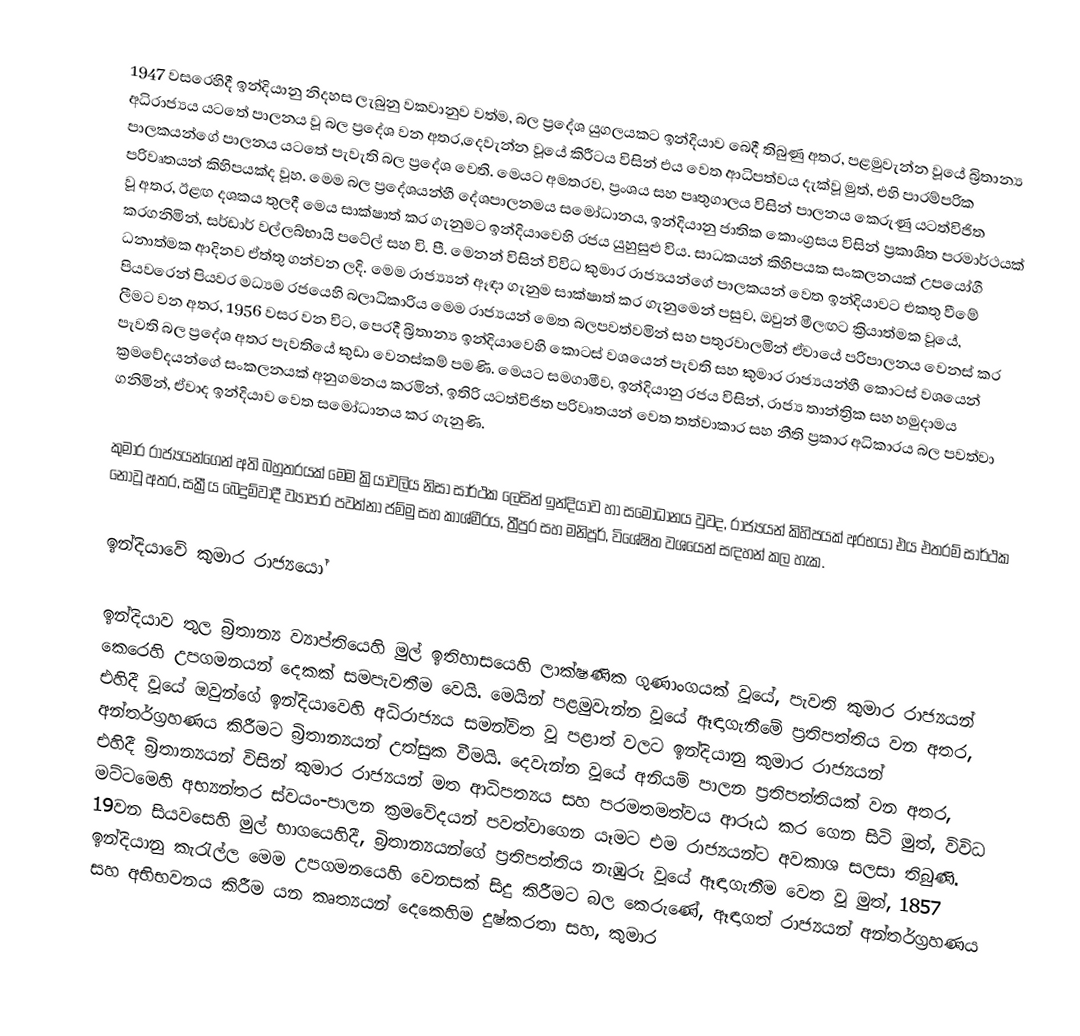
1947 වසරෙහිදී ඉන්දියානු නිදහස ලැබුනු වකවානුව වත්ම, බල ප්‍රදේශ යුගලයකට ඉන්දියාව බෙදී තිබුණු අතර, පළමුවැන්න වූයේ  බ්‍රිතාන්‍ය අධිරාජ්‍යය යටතේ පාලනය වූ බල ප්‍රදේශ වන අතර,දෙවැන්න වූයේ කිරීටය විසින්  එය වෙත ආධිපත්වය දැක්වූ මුත්, එහි පාරම්පරික පාලකයන්ගේ පාලනය යටතේ පැවැති බල ප්‍රදේශ වෙති. මෙයට අමතරව, ප්‍රංශය සහ පෘතුගාලය විසින් පාලනය කෙරුණු යටත්විජිත පරිවෘතයන් කිහිපයක්ද වූහ. මෙම බල ප්‍රදේශයන්හී දේශපාලනමය සමෝධානය,  ඉන්දියානු ජාතික කොංග්‍රසය විසින් ප්‍රකාශිත පරමාර්ථයක් වූ අතර, ඊළඟ දශකය තුලදී මෙය සාක්ෂාත් කර ගැනුමට ඉන්දියාවෙහි රජය යුහුසුළු විය. සාධකයන් කිහිපයක සංකලනයක් උපයෝගී කරගනිමින්, සර්ඩාර් වල්ලබ්භායි පටේල් සහ වි. පී. මෙනන් විසින් විවිධ කුමාර රාජ්‍යයන්ගේ පාලකයන් වෙත ඉන්දියාවට එකතු වීමේ ධනාත්මක ආදිනව  ඒත්තු ගන්වන ලදි. මෙම රාජ්‍ය්‍යන් ඈඳා ගැනුම සාක්ෂාත් කර ගැනුමෙන් පසුව, ඔවුන් මීලඟට ක්‍රියාත්මක වූයේ, පියවරෙන් පියවර මධ්‍යම රජයෙහි බලාධිකාරිය මෙම රාජ්‍යයන් මෙත බලපවත්වමින් සහ පතුරවාලමින් ඒවායේ පරිපාලනය වෙනස් කර ලීමට වන අතර, 1956 වසර වන විට, පෙරදී  බ්‍රිතාන්‍ය ඉන්දියාවෙහි කොටස් වශයෙන් පැවති සහ කුමාර රාජ්‍යයන්හී කොටස් වශයෙන් පැවති බල ප්‍රදේශ අතර පැවතියේ කුඩා වෙනස්කම් පමණි. මෙයට සමගාමීව, ඉන්දියානු රජය විසින්, රාජ්‍ය තාන්ත්‍රික සහ හමුදාමය ක්‍රමවේදයන්ගේ සංකලනයක් අනුගමනය කරමින්, ඉතිරි යටත්විජිත පරිවෘතයන් වෙත  තත්වාකාර  සහ  නීති ප්‍රකාර අධිකාරය බල පවත්වා ගනිමින්, ඒවාද ඉන්දියාව වෙත සමෝධානය කර ගැනුණි.

කුමාර රාජ්‍යයන්ගෙන් අති බහුතරයක් මෙම ක්‍රියාවලිය නිසා සාර්ථක ලෙසින් ඉන්දියාව හා සමෝධානය වුවද,  රාජ්‍යයන් කිහිපයක් අරභයා එය එතරම් සාර්ථක නොවූ අතර, සක්‍රීය  බෙදුම්වාදී ව්‍යාපාර පවත්නා ජම්මු සහ කාශ්මීරය, ත්‍රීපුර සහ මනිපූර්, විශේෂිත වශයෙන් සඳහන් කල හැක.

ඉන්දියාවේ කුමාර රාජ්‍යයෝ

ඉන්දියාව තුල බ්‍රිතාන්‍ය ව්‍යාප්තියෙහි  මුල් ඉතිහාසයෙහි ලාක්ෂණික ගුණාංගයක් වූයේ, පැවති කුමාර රාජ්‍යයන් කෙරෙහි උපගමනයන් දෙකක්  සමපැවතීම වෙයි.  මෙයින් පළමුවැන්න වූයේ ඈඳාගැනීමේ ප්‍රතිපත්තිය වන අතර, එහිදී වූයේ ඔවුන්ගේ ඉන්දියාවෙහි අධිරාජ්‍යය සමන්විත වූ පළාත් වලට ඉන්දියානු කුමාර රාජ්‍යයන් අන්තර්ග්‍රහණය කිරීමට බ්‍රිතාන්‍යයන් උත්සුක වීමයි. දෙවැන්න වූයේ අනියම් පාලන ප්‍රතිපත්තියක් වන අතර, එහිදී බ්‍රිතාන්‍යයන් විසින් කුමාර රාජ්‍යයන් මත ආධිපත්‍යය සහ පරමතමත්වය ආරූඨ කර ගෙන සිටි මුත්, විවිධ මට්ටමෙහි අභ්‍යන්තර ස්වයං-පාලන ක්‍රමවේදයන් පවත්වාගෙන යෑමට එම රාජ්‍යයන්ට අවකාශ සලසා තිබුණි. 19වන සියවසෙහි මුල් භාගයෙහිදී, බ්‍රිතාන්‍යයන්ගේ ප්‍රතිපත්තිය නැඹුරු වූයේ ඈඳාගැනීම වෙත වූ මුත්, 1857 ඉන්දියානු කැරැල්ල මෙම උපගමනයෙහි වෙනසක් සිදු කිරීමට බල කෙරුණේ, ඈඳාගත් රාජ්‍යයන් අන්තර්ග්‍රහණය සහ අභිභවනය කිරීම යන කෘත්‍යයන් දෙකෙහිම දුෂ්කරතා සහ, කුමාර